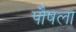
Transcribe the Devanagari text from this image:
पौषला